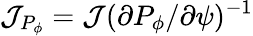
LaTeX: {\cal J}_{P_{\phi}}={\cal J}(\partial P_{\phi}/\partial\psi)^{-1}